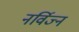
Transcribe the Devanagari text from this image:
नर्विज्न